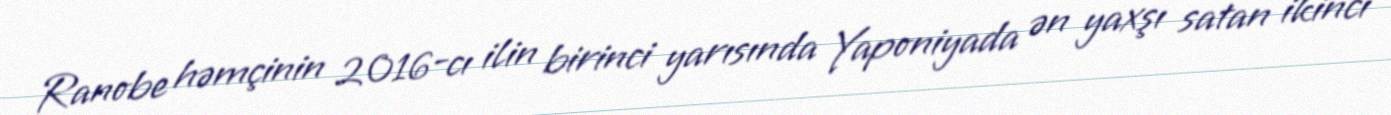
Ranobe həmçinin 2016-cı ilin birinci yarısında Yaponiyada ən yaxşı satan ikinci